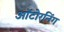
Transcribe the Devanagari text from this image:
ऑटोरनिंग